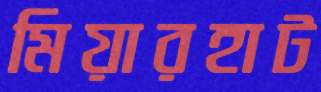
মিয়ারহাট